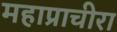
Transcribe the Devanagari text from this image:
महाप्राचीरा